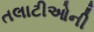
તલાટીઓની